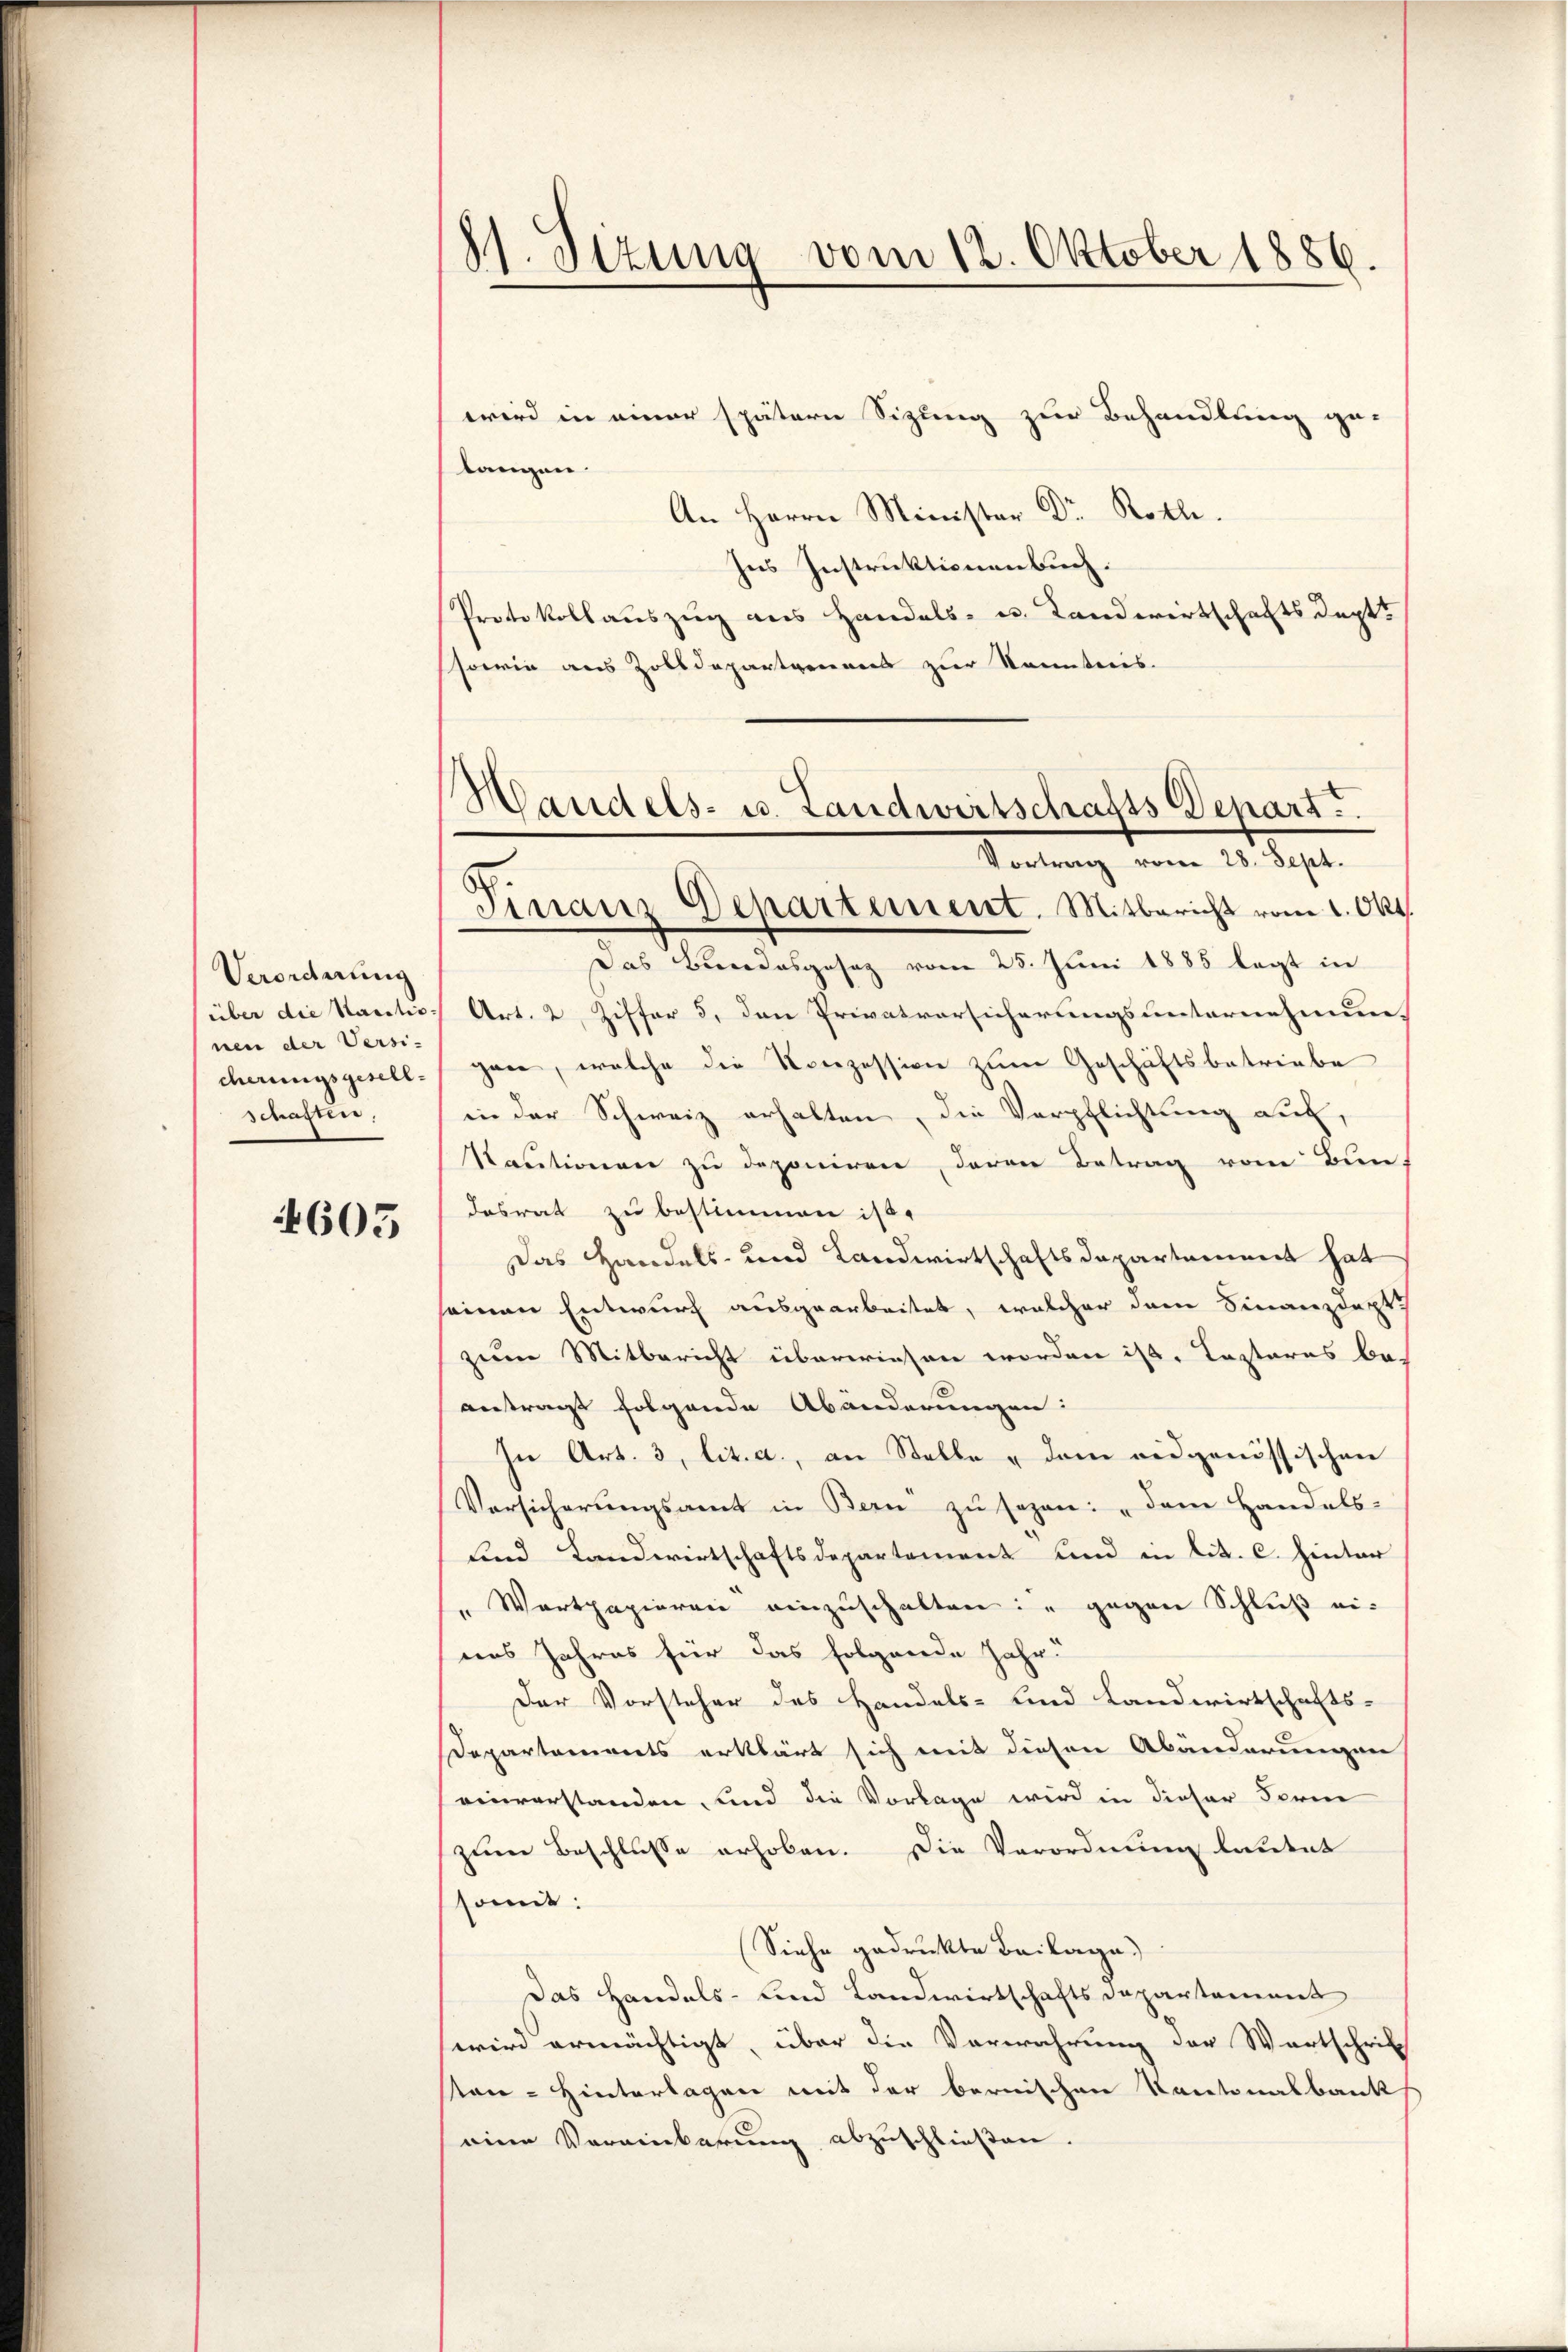
Verordnung
über die Kautis-
nen der Versi-
cherungsgesellschaft,

4605

81. Sezung vom 12. Oktober 1886.

wird in einer spätern Sizung zur Behandlung ge
langen.
An Herrn Minister Dr Rolle.
Ins Instruktionenbuch.
Protokollauszug aus Handels- u. Landwirtschaftsdept.
sowie aus Zolldepartenners zur Kenntnis.
Das Bundesgesaz vom 25. Juni 1885 legt in
Art. 2, Ziffer 3, den Privatversicherungsunternehmung
gane, welche die Konzession zum Geschäftsbetriebe
in der Schweiz erhalten, die Verpflichtung auf,
Kautionen zu deponiren, deren Betrag vom Bun-
desrat zu bestimmen ist.
Das Handels- und Landwirtschaftsdepartement hat
einen Entwurf ausgearbeitet, welcher dem Finanzdept
zum Mitbericht überwiesen worden ist. Lasteres beantragt folgende Abänderungen:
In Art. 3, lit. a., an Stelle u dem eidgenössischen
Vorsicherungsamt in Bern zu sezen: „Dem Handels-
sind Landwirtschaftsdepartement und in lit. C. Hinter
" Wartpapieren einzuschalten: " gegen Schluß eines Jahres für das folgende Jahr
Der Vorsteher des Handels- und Landwirtschafts-
Departements erklärt sich mit diesen Abänderungen
einverstanden, und die Vorlage wird in dieser Forme
zum Beschlusse erhoben. Die Verordnung lautet
somit:
Siehe gedruckte Beilage)
Das Handels- und Landwirtschafts Departement
wird ermächtigt, über die Verwahrung der Wartschrif
ston - Hinterlagen mit der bernischen Kantonalbank
eine Vereinbarung abzuschließen.

Mandels- u. Landwirtschafts Depart.
Vortrag vom 28. Sept.
Finanz Departement. Mitbericht vom 1. Okt.